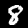
Label: 8